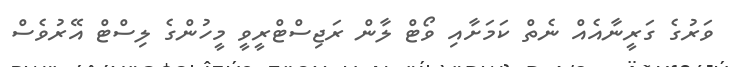
ވަރުގެ ގަރީނާއެއް ނެތް ކަމަށާއި ވޯޓް ލާން ރަޖިސްޓްރީވީ މީހުންގެ ލިސްޓް އޭރުވެސް